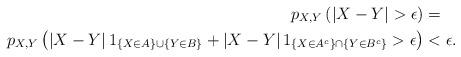
LaTeX: \begin{align*}p_{X,Y}\left(\left|X-Y\right|>\epsilon\right) & =\\p_{X,Y}\left(\left|X-Y\right|1_{\left\{ X\in A\right\} \cup\left\{ Y\in B\right\} }+\left|X-Y\right|1_{\left\{ X\in A^{c}\right\} \cap\left\{ Y\in B^{c}\right\} }>\epsilon\right) & <\epsilon.\end{align*}